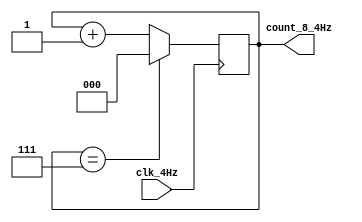
/**
 * Counter_8_4Hz
 * 8(4Hz)
 */
module Counter_8_4Hz(
	input clk_4Hz,			// 
	output reg [2:0] count_8_4Hz		// 
);

initial count_8_4Hz <= 0;

always @(posedge clk_4Hz) begin
	if(count_8_4Hz == 3'd7)
		count_8_4Hz <= 3'd0;
	else
		count_8_4Hz <= count_8_4Hz + 1;
end

endmodule